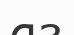
аз